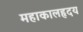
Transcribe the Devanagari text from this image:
महाकालहृदय